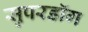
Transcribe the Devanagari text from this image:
सुपरडॉग